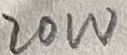
Text: 20W